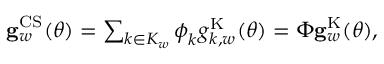
\begin{array} { r } { \ensuremath { \mathbf { g } } _ { w } ^ { \mathrm { \tiny { C S } } } ( \boldsymbol \theta ) = \sum _ { k \in { \cal K } _ { w } } \boldsymbol \phi _ { k } g _ { k , w } ^ { \mathrm { \tiny { K } } } ( \boldsymbol \theta ) = \boldsymbol \Phi \ensuremath { \mathbf { g } } _ { w } ^ { \mathrm { \tiny { K } } } ( \boldsymbol \theta ) , } \end{array}